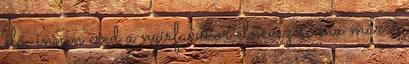
elő, innen ered a nyírfacukor elnevezés, ma már a